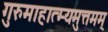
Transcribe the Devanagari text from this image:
गुरुमाहात्म्यमुत्तमम्